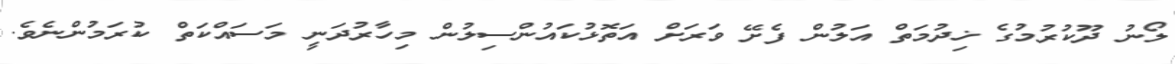
ލޯނު ދޫކުރުމުގެ ޚިދުމަތް އަލުން ފެށޭ ވަރަށް އަތޮޅުކައުންސިލުން މިހާރުދަނީ މަސައްކަތް ކުރަމުންނެވެ.